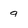
Character: g